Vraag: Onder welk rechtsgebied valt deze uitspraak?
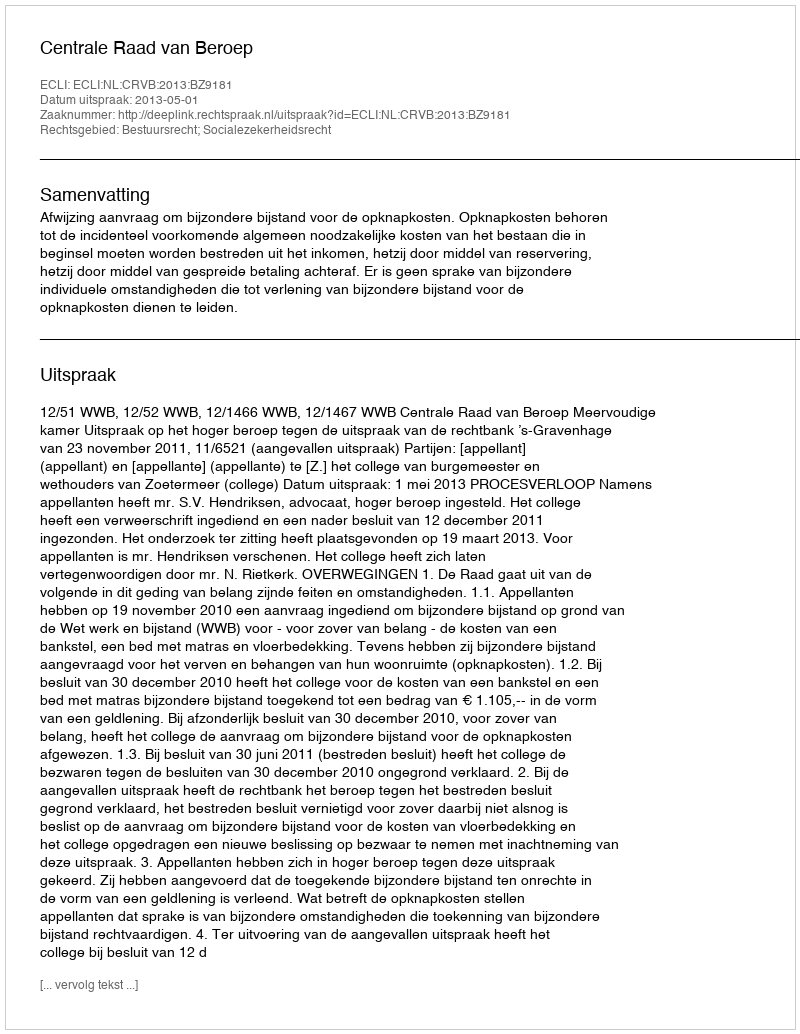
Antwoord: Bestuursrecht; Socialezekerheidsrecht